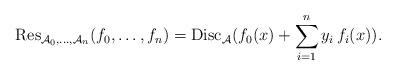
LaTeX: \begin{align*} \mathrm{Res}_{\mathcal A_0,\ldots,\mathcal A_n}(f_0,\ldots,f_n) = \mathrm{Disc}_{\mathcal A}(f_0(x) + \sum_{i = 1}^n y_i\,f_i(x)).\end{align*}